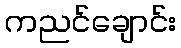
ကညင်ချောင်း